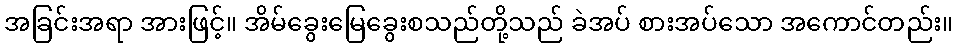
အခြင်းအရာ အားဖြင့်။ အိမ်ခွေးမြေခွေးစသည်တို့သည် ခဲအပ် စားအပ်သော အကောင်တည်း။